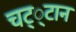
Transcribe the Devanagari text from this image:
चट््टान